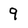
Character: 9